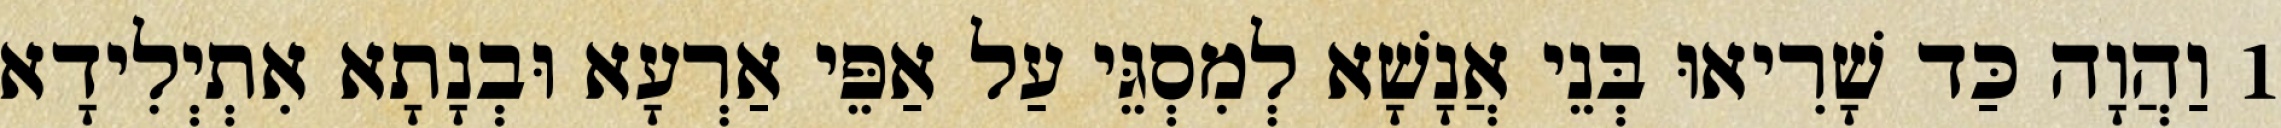
1 וַהֲוָה כַּד שָׁרִיאוּ בְּנֵי אֲנָשָׁא לְמִסְגֵּי עַל אַפֵּי אַרְעָא וּבְנָתָא אִתְיְלִידָא